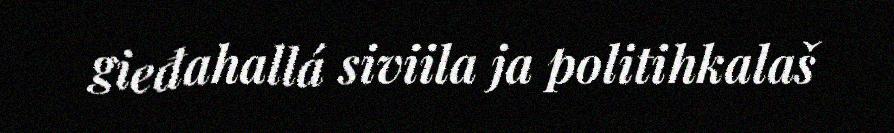
gieđahallá siviila ja politihkalaš